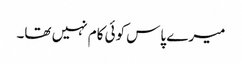
میرے پاس کوئی کام نہیں تھا۔